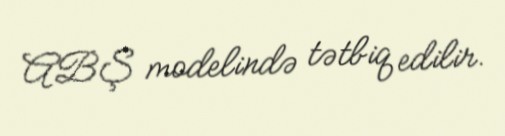
ABŞ modelində tətbiq edilir.